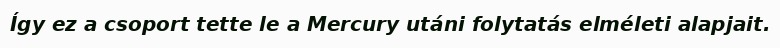
Így ez a csoport tette le a Mercury utáni folytatás elméleti alapjait.